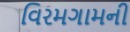
વિરમગામની